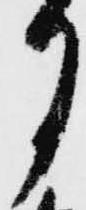
月